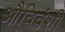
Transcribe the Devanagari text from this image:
औविवंशी